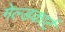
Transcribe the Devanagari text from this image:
गेल्डकार्ट